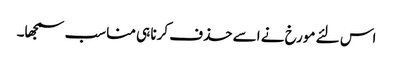
اس لئے مورخ نے اسے حذف کرنا ہی مناسب سمجھا۔